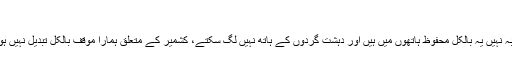
امریکہ کا پھر اعتراف
امریکہ نے کہا ہے کہ پاکستان کے ایٹمی ہتھیاروں کی سلامتی کے متعلق کوئی شبہ نہیں یہ بالکل محفوظ ہاتھوں میں ہیں اور دہشت گردوں کے ہاتھ نہیں لگ سکتے، کشمیر کے متعلق ہمارا موقف بالکل تبدیل نہیں ہوا اور امریکہ چاہتا ہے پاکستان اور بھارت تناؤ ختم کر کے بامعنی مذاکرات کریں۔